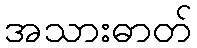
အသားဓာတ်